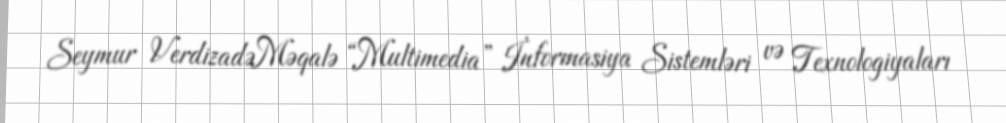
Seymur VerdizadəMəqalə “Multimedia” İnformasiya Sistemləri və Texnologiyaları